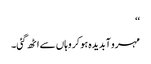
‘‘
مہرو آبدیدہ ہو کر وہاں سے اٹھ گئی۔